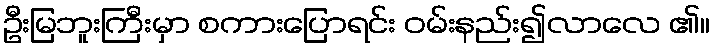
ဦးမြဘူးကြီးမှာ စကားပြောရင်း ဝမ်းနည်း၍လာလေ ၏။